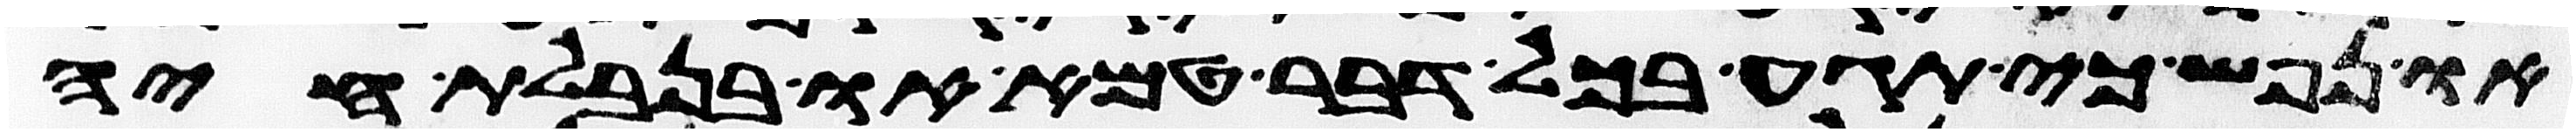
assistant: או נפש כי תגע בכל דבר טמא או בנבלת חיה